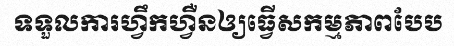
ទទួលការហ្វឹកហ្វឺនឲ្យធ្វើសកម្មភាពបែប